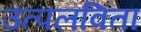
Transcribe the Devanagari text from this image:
उत्पलविता